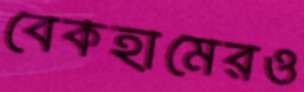
বেকহামেরও